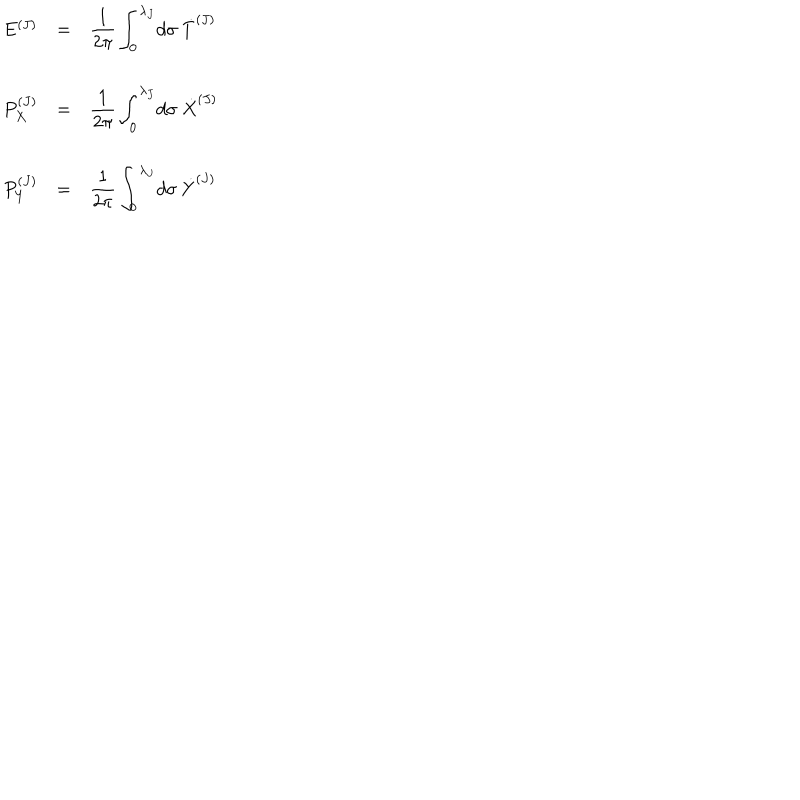
LaTeX: \begin{array} { l c l } { { E ^ { ( J ) } } } & { { = } } & { { { \displaystyle \frac { 1 } { 2 \pi } \int _ { 0 } ^ { \lambda _ { J } } \! d \sigma ~ { \dot { T } } ^ { ( J ) } } } } \\ { { } } & { { } } & { { } } \\ { { P _ { X } ^ { ( J ) } } } & { { = } } & { { { \displaystyle \frac { 1 } { 2 \pi } \int _ { 0 } ^ { \lambda _ { J } } \! d \sigma { } ~ { \dot { X } } ^ { ( J ) } } } } \\ { { } } & { { } } & { { } } \\ { { P _ { Y } ^ { ( J ) } } } & { { = } } & { { { \displaystyle \frac { 1 } { 2 \pi } \int _ { 0 } ^ { \lambda _ { J } } \! d \sigma { } ~ { \dot { Y } } ^ { ( J ) } } } } \\ \end{array}